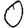
Digit: 0